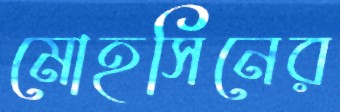
মোহসিনের